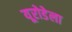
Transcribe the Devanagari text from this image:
यूरोडेला